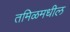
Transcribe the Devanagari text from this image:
तमिळमधील